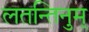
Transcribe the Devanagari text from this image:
लतन्तिनुम्